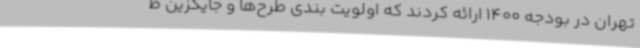
تهران در بودجه 1400 ارائه کردند که اولویت بندی طرح‌ها و جایگزین ط